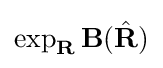
\exp _{\mathbf {R} }\mathbf {B} ({\hat {\mathbf {R} }})